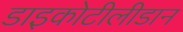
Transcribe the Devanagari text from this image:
डाइकोटीलीडान